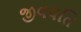
જીવયતિ